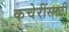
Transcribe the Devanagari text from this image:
कचेरींसाठी